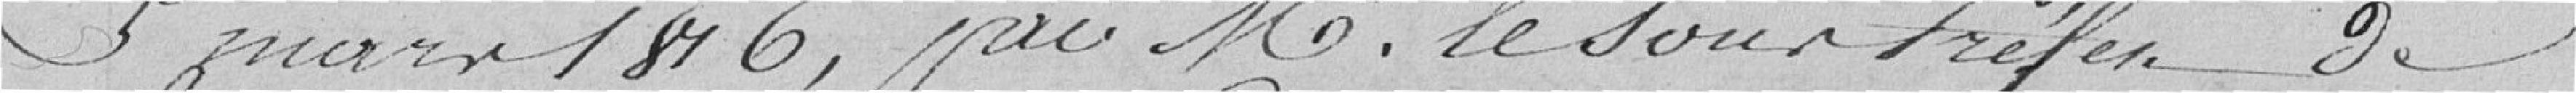
5 mars 1816, par M. le sous-préfet de